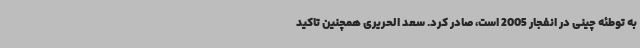
به توطئه چینی‌ در انفجار 2005 است، صادر کرد. سعد الحریری همچنین تاکید